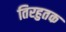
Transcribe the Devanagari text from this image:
तिरहुतक